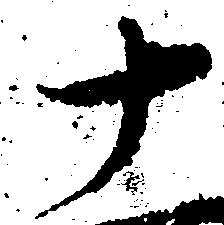
十